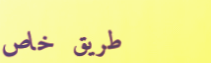
طريق خاص